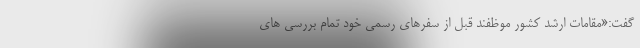
گفت:«مقامات ارشد كشور موظفند قبل از سفرهاى رسمى خود تمام بررسى هاى